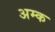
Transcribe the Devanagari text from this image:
अम्क